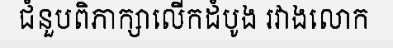
ជំនួបពិភាក្សាលើកដំបូង រវាងលោក